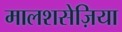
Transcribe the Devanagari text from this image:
मालशसेज़िया